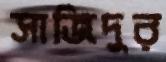
সাজিদুর